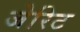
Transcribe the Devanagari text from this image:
जेरिट